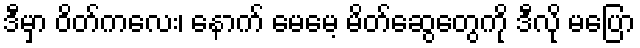
ဒီမှာ ဝိတ်ကလေး၊ နောက် မေမေ့ မိတ်ဆွေတွေကို ဒီလို မပြော